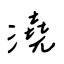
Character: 澆